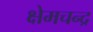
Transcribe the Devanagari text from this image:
क्षेमचन्‍द्र